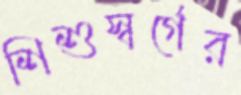
শিশুস্বর্গের